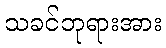
သခင်ဘုရားအား